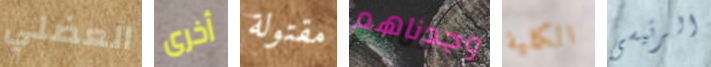
العضلي أخرى مقتولة وجدناهم الكلية الرئيسى